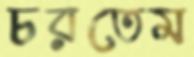
চরতেম